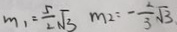
m _ { 1 } = \frac { 5 } { 2 } \sqrt { 3 } m _ { 2 } = - \frac { 2 } { 3 } \sqrt { 3 }